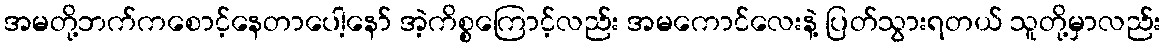
အမတို့ဘက်ကစောင့်နေတာပေါ့နော် အဲ့ကိစ္စကြောင့်လည်း အမကောင်လေးနဲ့ ပြတ်သွားရတယ် သူတို့မှာလည်း